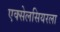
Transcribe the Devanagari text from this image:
एक्सेलसियरला